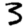
Digit: 3